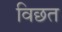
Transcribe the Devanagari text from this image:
विछत